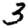
Digit: 3